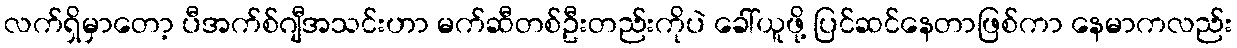
လက်ရှိမှာတော့ ပီအက်စ်ဂျီအသင်းဟာ မက်ဆီတစ်ဦးတည်းကိုပဲ ခေါ်ယူဖို့ ပြင်ဆင်နေတာဖြစ်ကာ နေမာကလည်း